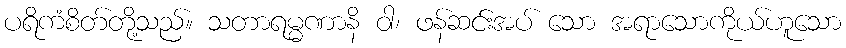
ပရိကံစိတ်တို့သည်။ သတာရမ္မဏာနိ ဝါ၊ ဖန်ဆင်းအပ် သော အရာသောကိုယ်ဟူသော